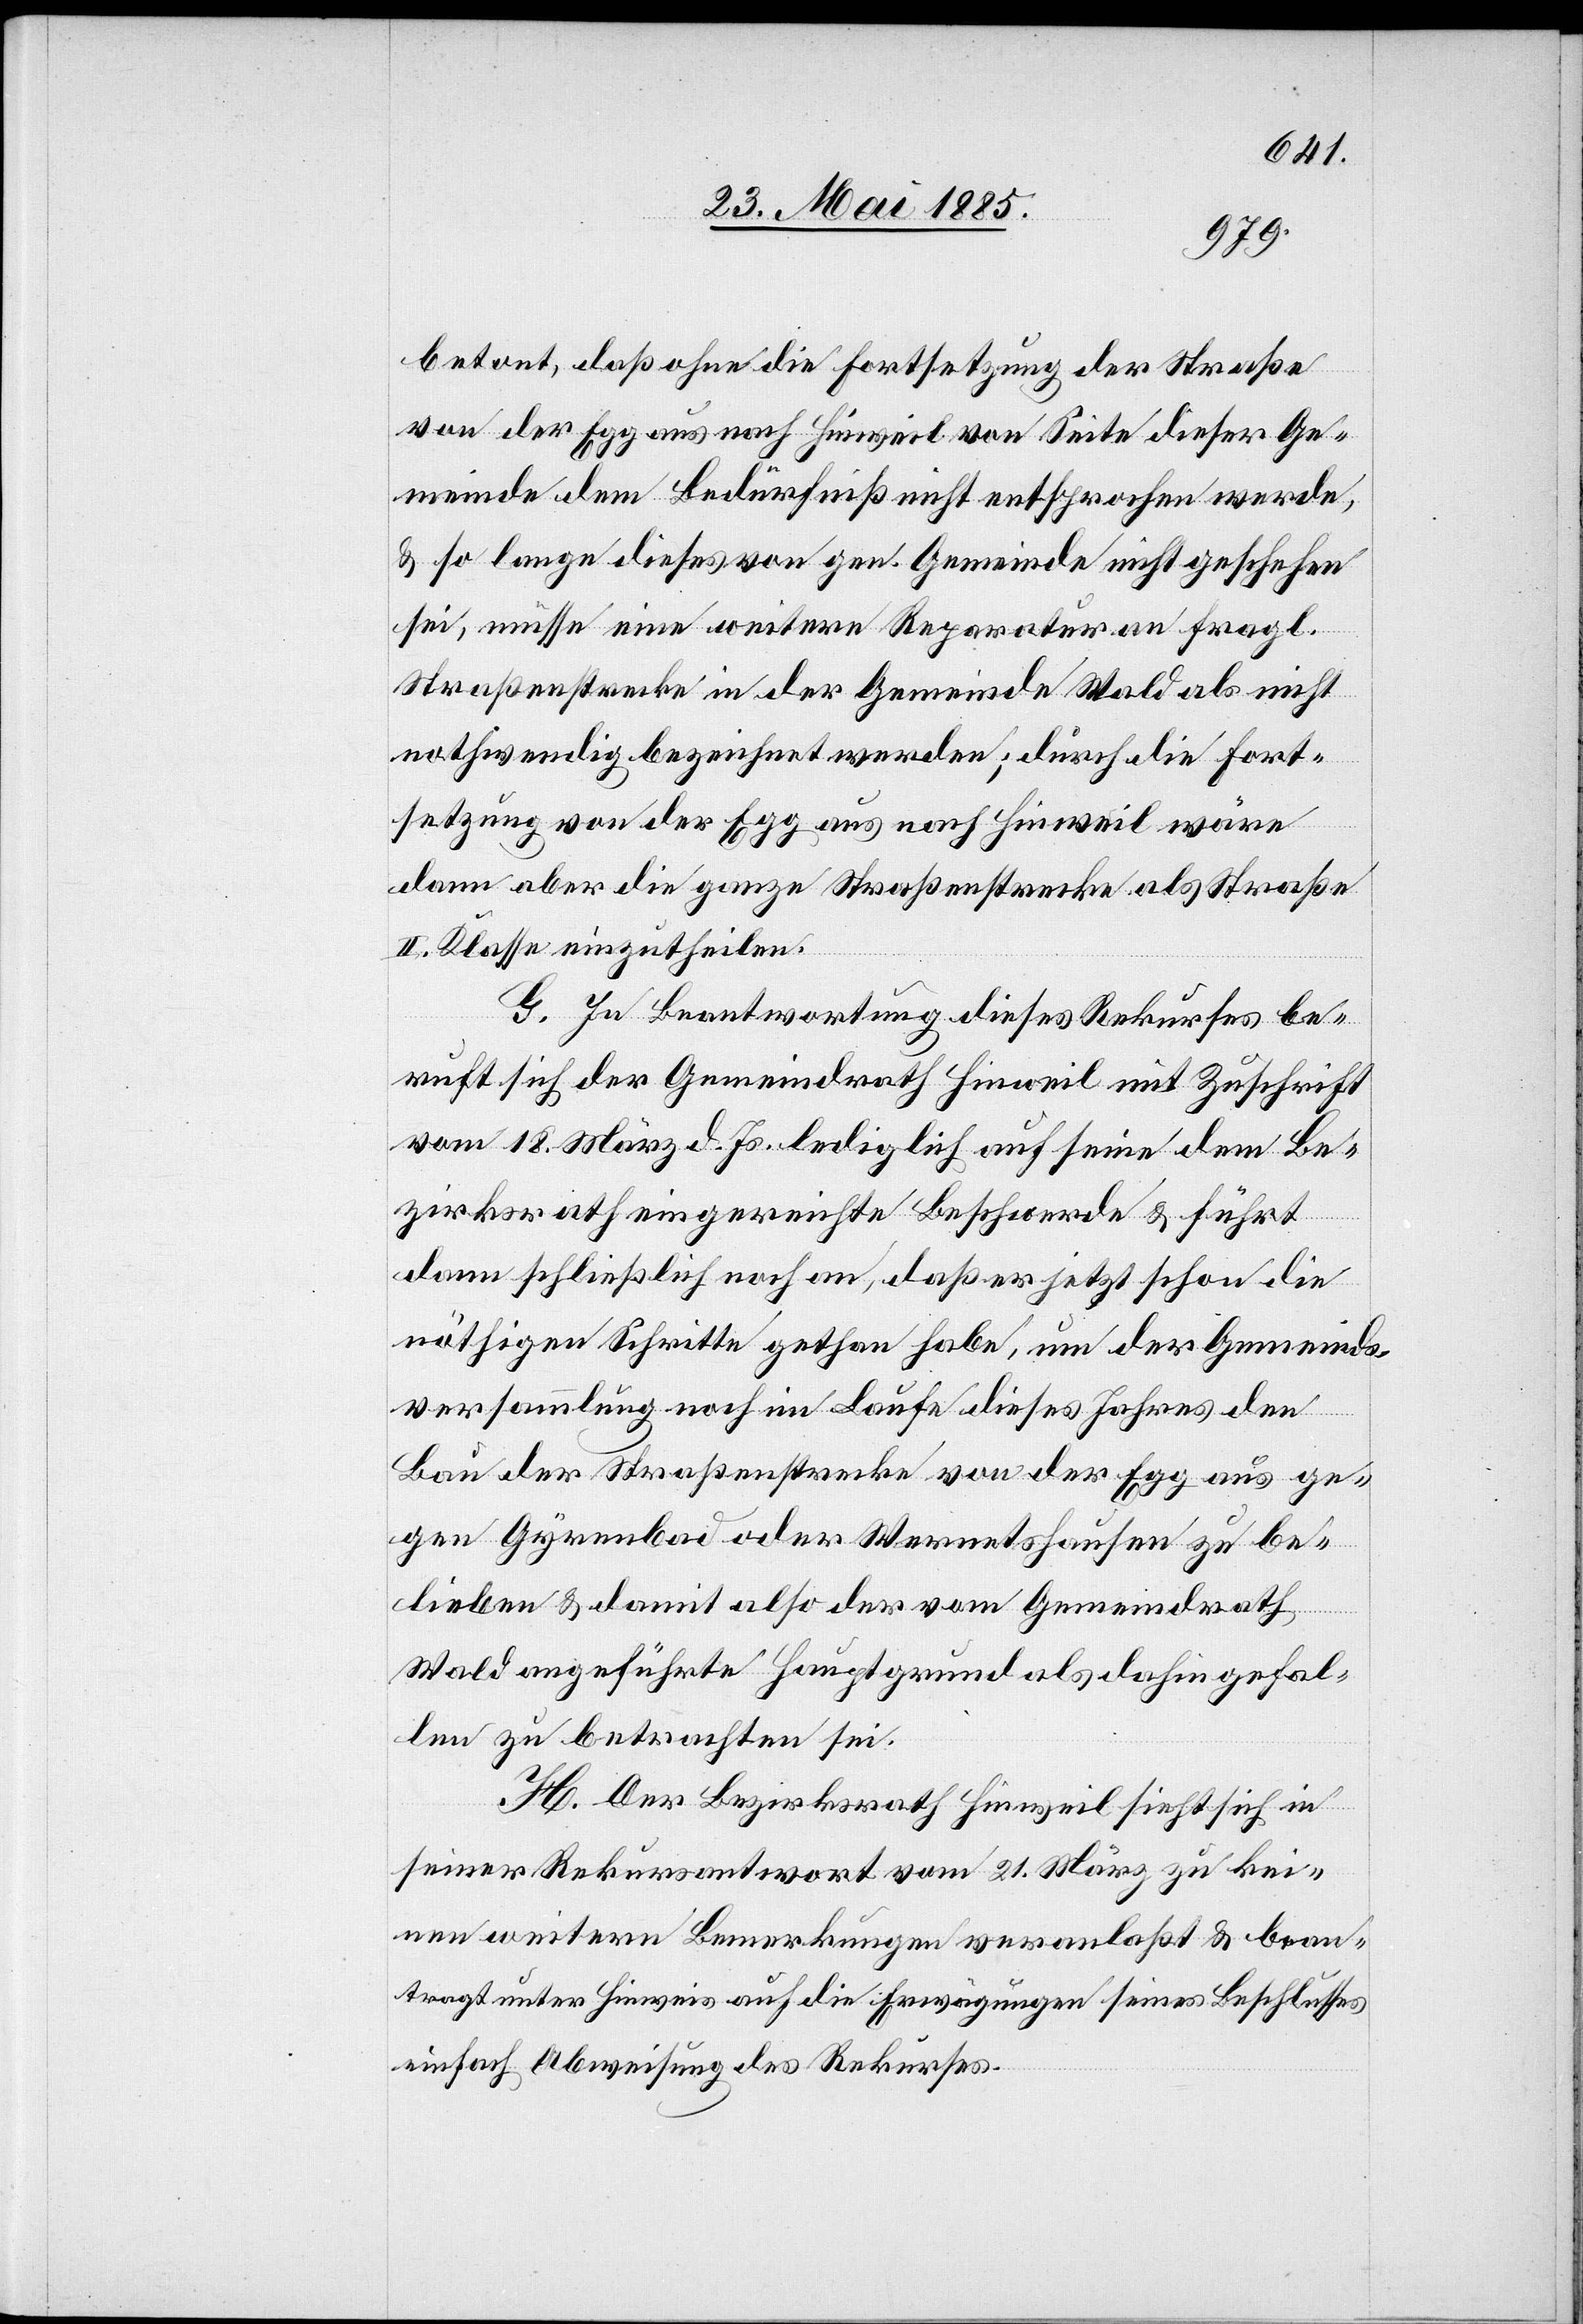
betont, daß ohne die Fortsetzung der Straße
von der Egg aus nach Hinweil von Seite dieser Ge¬
meinde dem Bedürfniß nicht entsprochen werde,
& so lange dieses von gen. Gemeinde nicht geschehen
sei, müsse eine weitere Reparatur an fragl.
Straßenstrecke in der Gemeinde Wald als nicht
nothwendig bezeichnet werden; durch die Fort¬
setzung von der Egg aus nach Hinweil wäre
dann aber die ganze Straßenstrecke als Straße
II. Klasse einzutheilen.
G. In Beantwortung dieses Rekurses be¬
ruft sich der Gemeindrath Hinweil mit Zuschrift
vom 18. März d. Js. lediglich auf seine dem Be¬
zirksrath eingereichte Beschwerde & führt
dann schließlich noch an, daß er jetzt schon die
nöthigen Schritte gethan habe, um der Gemeinds¬
versammlung noch im Laufe dieses Jahres den
Bau der Straßenstrecke von der Egg aus ge¬
gen Gyrenbad oder Wernetshausen zu be¬
lieben & damit also der vom Gemeindrath
Wald angeführte Hauptgrund als dahin gefal¬
len zu betrachten sei.
H. Der Bezirksrath Hinweil sieht sich in
seiner Rekursantwort vom 21. März zu kei¬
nen weitern Bemerkungen veranlaßt & bean¬
tragt unter Hinweis auf die Erwägungen seines Beschlusses
einfach Abweisung des Rekurses.